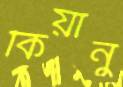
কিয়ানু